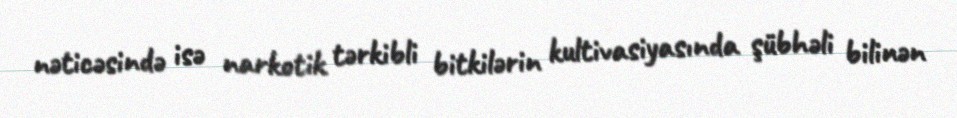
nəticəsində isə narkotik tərkibli bitkilərin kultivasiyasında şübhəli bilinən